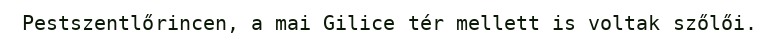
Pestszentlőrincen, a mai Gilice tér mellett is voltak szőlői.